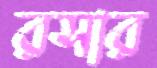
রসার